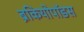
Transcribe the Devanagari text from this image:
ब्रैकियोपॉडस